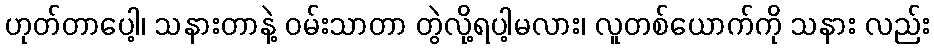
ဟုတ်တာပေါ့၊ သနားတာနဲ့ ဝမ်းသာတာ တွဲလို့ရပါ့မလား၊ လူတစ်ယောက်ကို သနား လည်း